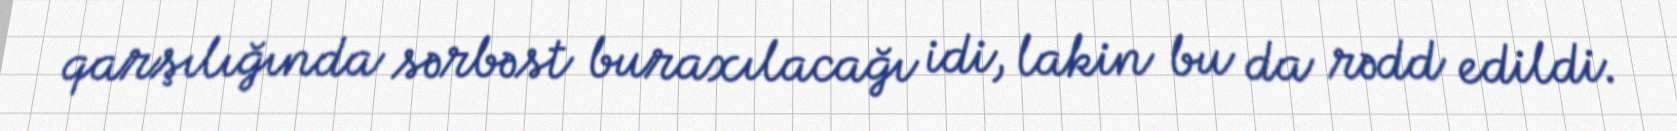
qarşılığında sərbəst buraxılacağı idi, lakin bu da rədd edildi.